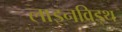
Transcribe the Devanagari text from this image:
लाइनविड्थ